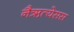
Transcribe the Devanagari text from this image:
नैऋत्येसस